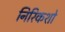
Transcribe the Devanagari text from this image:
निरिकशो